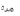
مرة